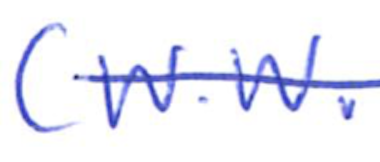
Text: (W.W.
Cross-out: single-line
Writing tool: ballpoint